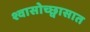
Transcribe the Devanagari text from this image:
श्वासोच्छ्वासात